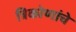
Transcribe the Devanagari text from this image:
त्रिकोणांचे